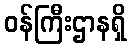
ဝန်ကြီးဌာနရှိ